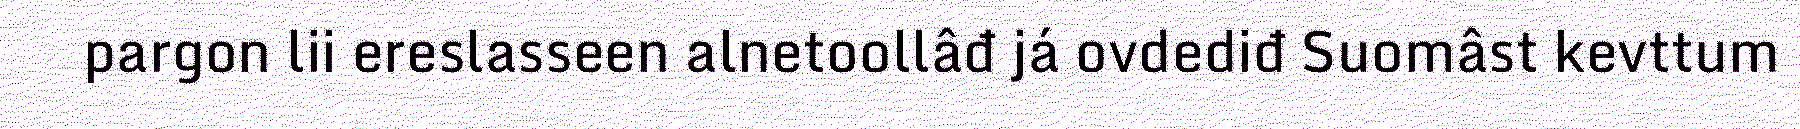
pargon lii ereslasseen alnetoollâđ já ovdediđ Suomâst kevttum